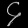
Digit: ၄